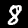
Label: 8